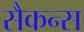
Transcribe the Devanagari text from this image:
सैकन्स